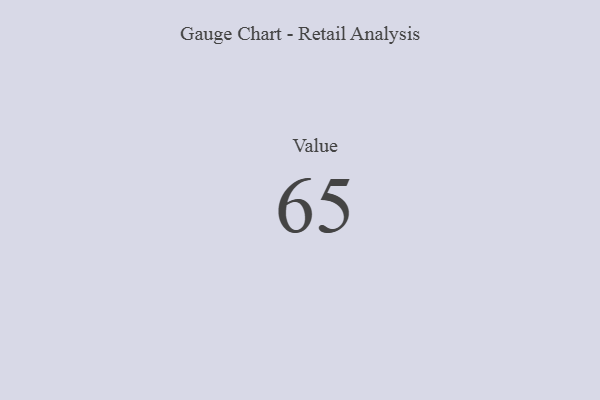
{"axis": {"x": "Metric", "y": "Value"}, "legend": [""], "data": [{"x": "Value", "y": 65, "type": ""}]}